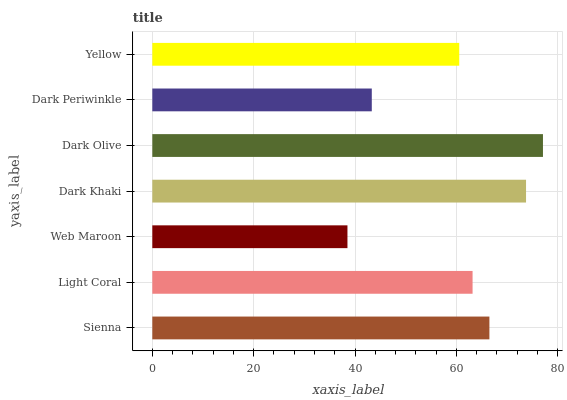
| yaxis_label | bars |
 | --- | --- |
 | Sienna | 66.5 |
 | Light Coral | 63.2 |
 | Web Maroon | 38.5 |
 | Dark Khaki | 73.7 |
 | Dark Olive | 77.1 |
 | Dark Periwinkle | 43.3 |
 | Yellow | 60.6 |